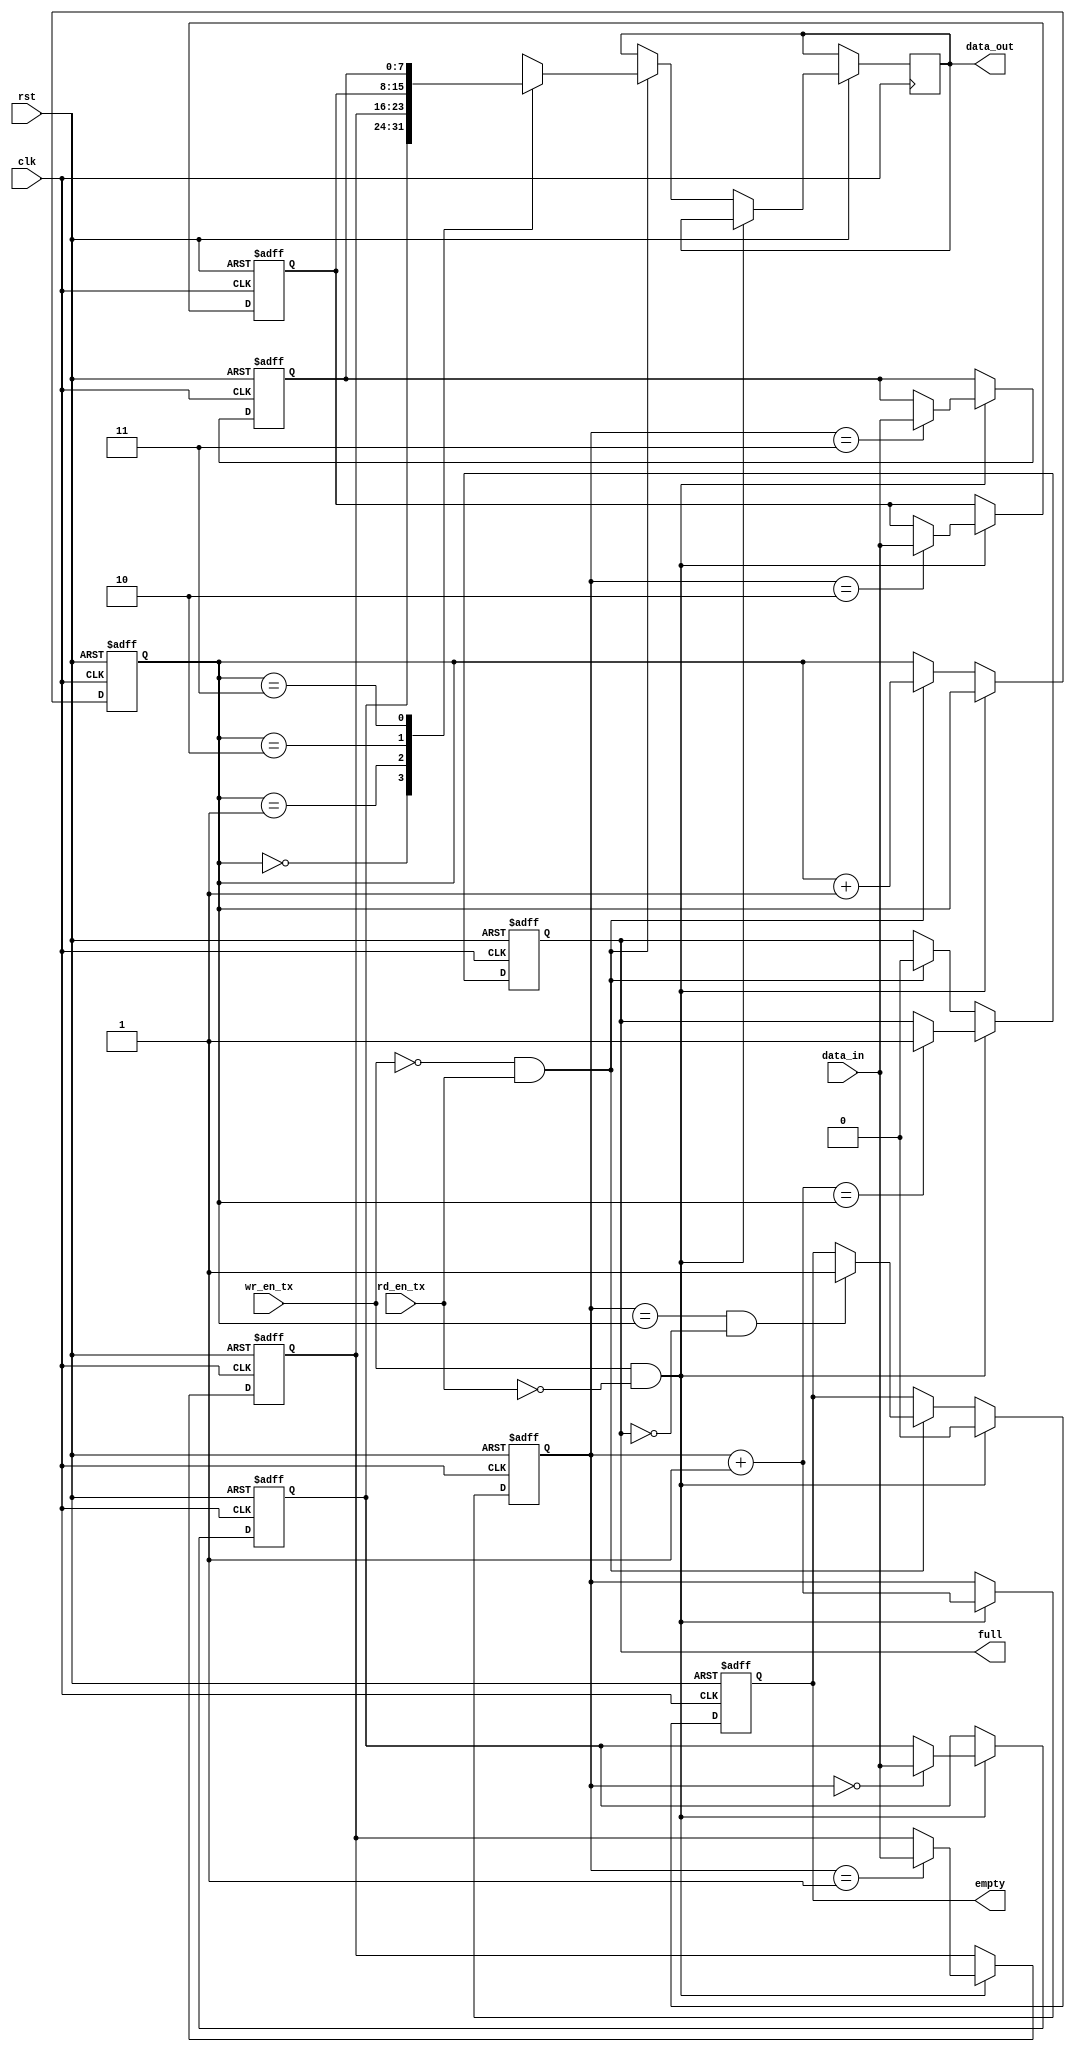
module tx_fifo

(
 input          wire                     clk,rst,         
 input          wire                     wr_en_tx,rd_en_tx,
 input          wire   [7:0]             data_in,

 output         reg                     full,empty,
 output         reg    [7:0]            data_out
);


// internal Wires
reg           [1:0]          w_ptr,r_ptr;
integer i ;
reg  [7:0]  F_MEM  [3:0];   



always @(posedge clk or negedge rst)
begin
  if (!rst) 
    begin
       w_ptr <=  4'b0 ;
       r_ptr <=  4'b0 ;
       full  <=  1'b0 ;
       empty <=  1'b1 ;

         for (i =0 ; i<4'd4 ;i=i+1'b1 ) 
            begin
              F_MEM[i] <= 'b0 ;
            end
    end 

  else if (wr_en_tx && !rd_en_tx)   
    begin
       F_MEM[w_ptr] <= data_in ;
       w_ptr        <= w_ptr+1;
       empty        <= 1'b0 ;

           if (w_ptr+1'b1 == r_ptr)
               full  <= 1'b1 ;
    end


  else if (!wr_en_tx && rd_en_tx)
     begin
       data_out     <= F_MEM[r_ptr];
       r_ptr        <= r_ptr+1;
       full         <= 1'b0;

           if (w_ptr == r_ptr && !full)
               empty <= 1'b1 ;
     end
end


 endmodule